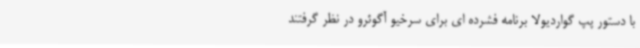
با دستور پپ گواردیولا برنامه فشرده ای برای سرخیو آگوئرو در نظر گرفتند